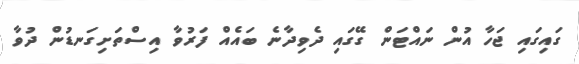
ގައިގައި ޖަހާ އުން ނައްޓަން ގޭގައި ދެވިދާނެ ބައެއް ފަރުވާ އިސްތަށިގަނޑުން ދުވާ